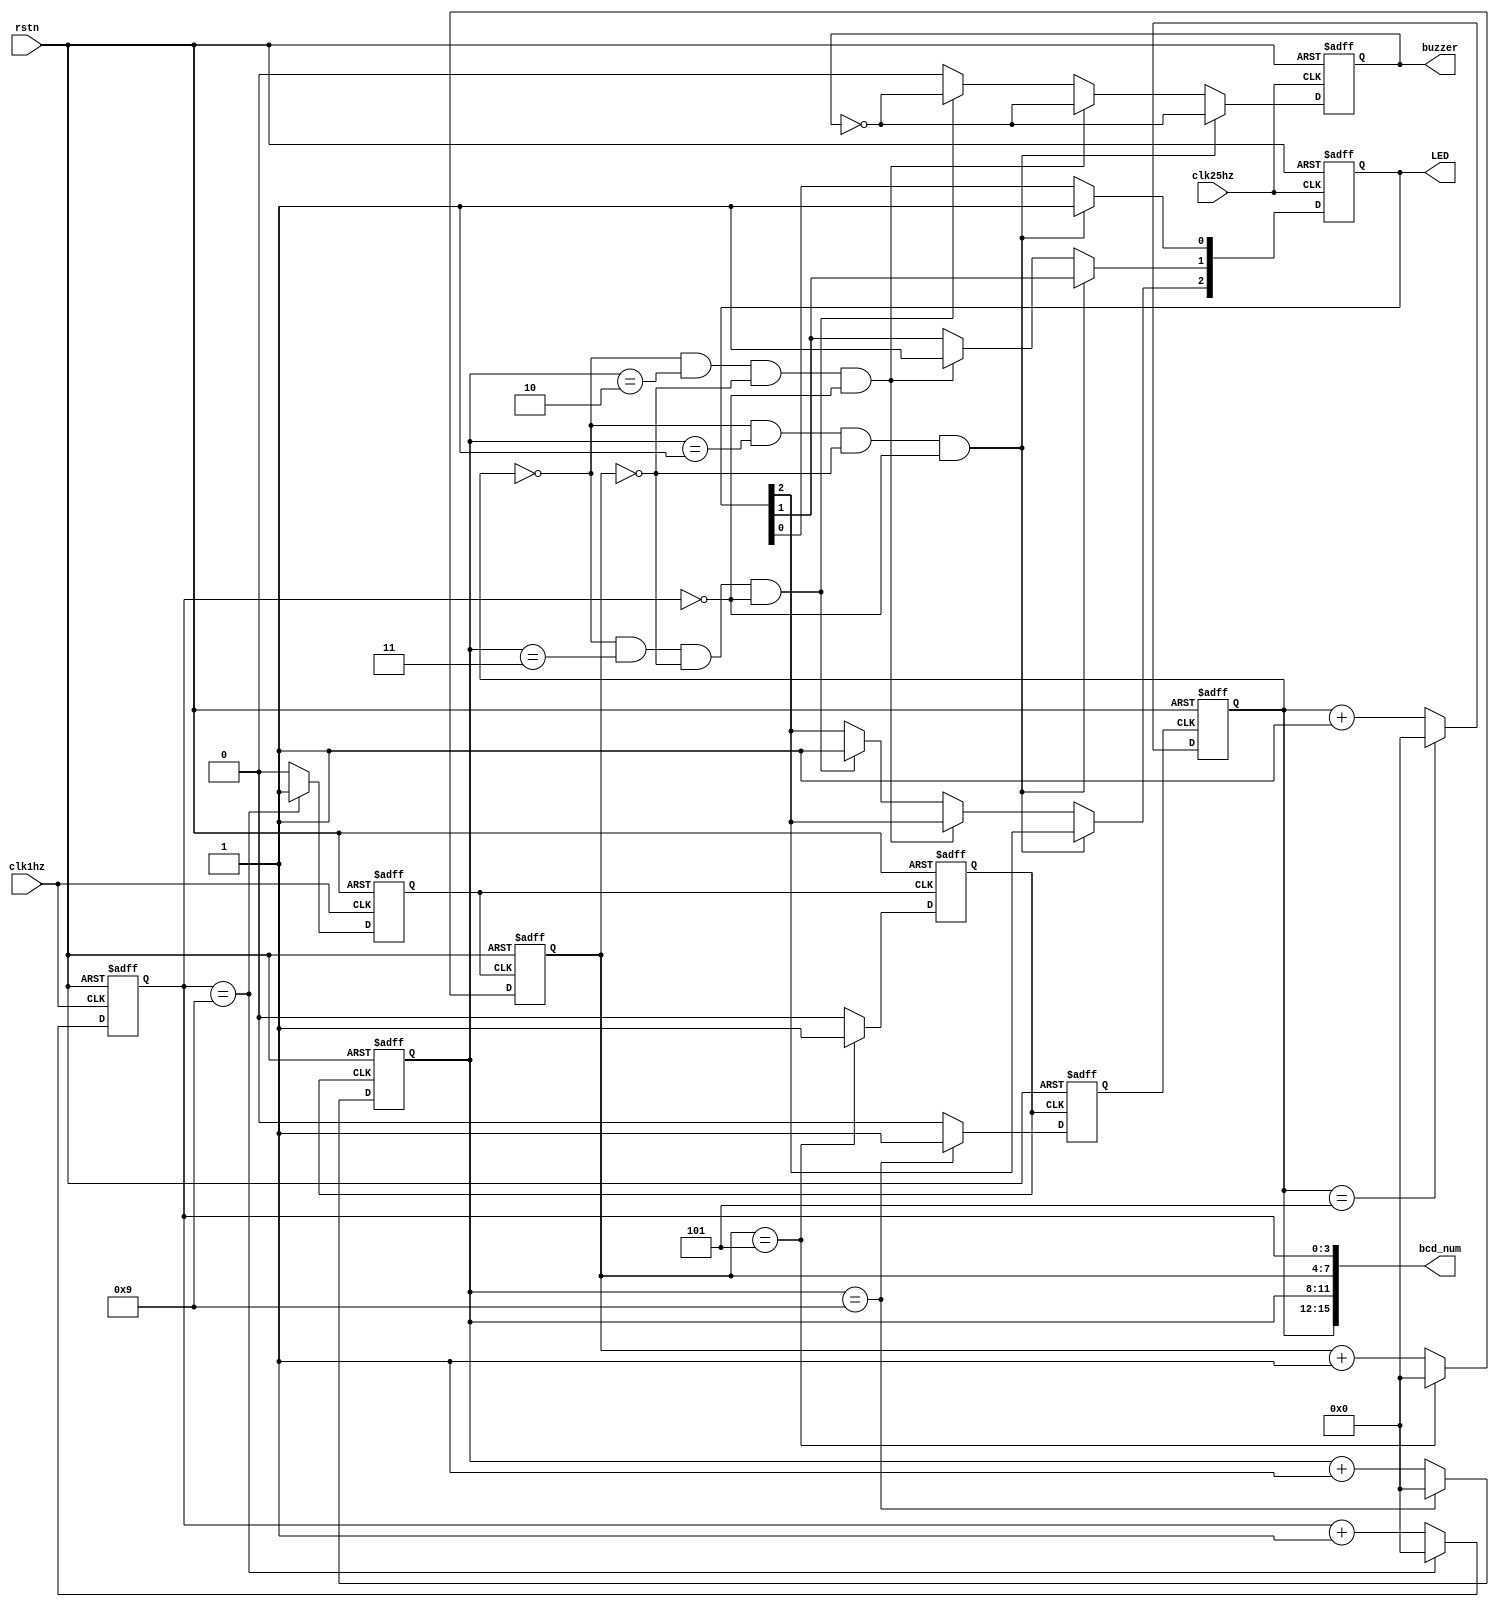
`timescale 1ns / 1ps

module timer(
    input rstn,
    input clk1hz,
    input clk25hz,
    output  [15:0] bcd_num,
    output reg buzzer,
    output reg [2:0] LED
);

// Timer Section is composed with 4 BCD Number counter(Minute Decade,Minute Unit, Second Decade, Minute Unit);
reg [3:0] sec_unit_bcd_r,sec_deca_bcd_r,min_unit_bcd_r,min_deca_bcd_r; //Register - (Minute Decade,Minute Unit, Second Decade, Second Unit);
reg sec_unit_cout,sec_deca_cout,min_unit_cout; //Carry Out Signal, When 4 BCD Number counter reach upper limit, it will generate a cout signal;

//Counter           Upper Limit
//Minute Decade     5
//Minute Unit       9
//Second Decade     5
//Second Unit       9

always @(posedge clk1hz or negedge rstn)begin
    if(!rstn)begin
        sec_unit_bcd_r <= 4'd0; //Clear BCD Number Counter;
        sec_unit_cout <= 1'b0;  //Clear Cout Signal;
    end
    else begin
        if(sec_unit_bcd_r == 4'h9)begin
            sec_unit_cout <= 1'b1;  //Cout generate a posedge;
            sec_unit_bcd_r <= 4'd0; //Clear BCD Number Counter;
        end
        else begin
            sec_unit_cout <= 1'b0;                      //Clear Cout Signal;
            sec_unit_bcd_r <= sec_unit_bcd_r + 1'b1; // BCD Number Counter increase by '1';
        end
    end
end

always @(posedge sec_unit_cout or negedge rstn)begin
    if(!rstn)begin
        sec_deca_bcd_r <= 4'd0;
        sec_deca_cout <= 1'b0;
    end
    else begin
        if(sec_deca_bcd_r == 4'h5)begin
            sec_deca_cout <= 1'b1;
            sec_deca_bcd_r <= 4'd0;
        end
        else begin
            sec_deca_cout <= 1'b0;
            sec_deca_bcd_r <= sec_deca_bcd_r + 1'b1;
        end
    end
end

always @(posedge sec_deca_cout or negedge rstn)begin
    if(!rstn)begin
        min_unit_bcd_r <= 4'd0;
        min_unit_cout <= 1'b0;
    end
    else begin
        if(min_unit_bcd_r == 4'h9)begin
            min_unit_cout <= 1'b1;
            min_unit_bcd_r <= 4'd0;
        end
        else begin
            min_unit_cout <= 1'b0;
            min_unit_bcd_r <= min_unit_bcd_r + 1'b1;
        end
    end
end

always @(posedge min_unit_cout or negedge rstn)begin
    if(!rstn)begin
        min_deca_bcd_r <= 4'd0;
    end
    else begin
        if(min_deca_bcd_r == 4'h5)begin
            min_deca_bcd_r <= 4'd0;
        end
        else begin
            min_deca_bcd_r <= min_deca_bcd_r + 1'b1;
        end
    end
end

//Buzzer trigger logic (buzzer only turns on when 2nd, 4th, 6th & 8th minute is reached)
always @(posedge clk25hz or negedge rstn) begin
    if(!rstn) begin 
        LED[2:0] <= 3'b0;
        buzzer <= 1'b0;
    end
    else if (min_deca_bcd_r == 4'h0 && min_unit_bcd_r == 4'h1 
    && sec_deca_bcd_r == 4'h0 && sec_unit_bcd_r == 4'h0) begin
        LED[0] <= 1'b1;
        buzzer <= 1'b1; //buzzer only turn on when conditions are met
        #10;
        buzzer <= ~buzzer;
    end
    else if (min_deca_bcd_r == 4'h0 && min_unit_bcd_r == 4'h2 
    && sec_deca_bcd_r == 4'h0 && sec_unit_bcd_r == 4'h0) begin
        LED[1] <= 1'b1;
        buzzer <= 1'b1; //buzzer only turn on when conditions are met
        #10;
        buzzer <= ~buzzer;
    end
    else if (min_deca_bcd_r == 4'h0 && min_unit_bcd_r == 4'h3 
    && sec_deca_bcd_r == 4'h0 && sec_unit_bcd_r == 4'h0) begin
        LED[2] <= 1'b1;
        buzzer <= 1'b1; //buzzer only turn on when conditions are met
        #10;
        buzzer <= ~buzzer;
    end
    else begin
        buzzer <= 1'b0;
    end
end
/*
//LED logic
always @(posedge clk25hz or negedge rstn) begin
    if(!rstn) begin
        LED = 4'b0;
    end else begin 
        case({min_unit_bcd_r, sec_unit_bcd_r})
            8'h10: begin
                LED[0] <= 1'b1;  //after 2 minute 1 LED light up
            end 
            8'h20: begin
                LED[1:0] <= 2'b1;  // after 4 minutes 2 LEDs light up
            end    
            8'h30: begin
                LED[2:0] <= 3'b1;  // after 6 minutes 3 LEDs light up
            end
            8'h40: begin 
                LED[3:0] <= 4'b1;  // after 8 minutes 4 LEDs light up
            end
            default: begin
                LED[0] <= 1'b0;
            end
        endcase
    end
end
*/

//When DIG4 on, BCD Number Display at this moment is bcd_num[3:0];  (i.e Stop Watch - Second Unit)
//When DIG3 on, BCD Number Display at this moment is bcd_num[7:4];  (i.e Stop Watch - Second Decade)
//When DIG2 on, BCD Number Display at this moment is bcd_num[11:8]; (i.e Stop Watch - Minute Unit)
//When DIG1 on, BCD Number Display at this moment is bcd_num[15:12];(i.e Stop Watch - Minute Decade)
assign  bcd_num[15:12]  = min_deca_bcd_r;
assign  bcd_num[11:8]   = min_unit_bcd_r;
assign  bcd_num[7:4]    = sec_deca_bcd_r;
assign  bcd_num[3:0]    = sec_unit_bcd_r;
 
endmodule